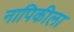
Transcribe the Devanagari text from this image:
नापिकीला